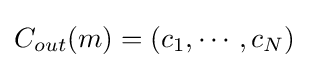
C_{out}(m)=(c_{1},\cdots ,c_{N})